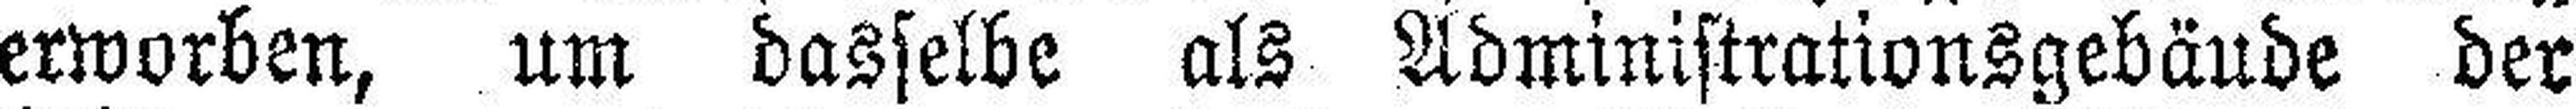
erworben, um dasselbe als Administrationsgebäude der